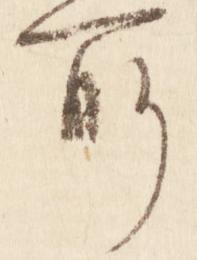
所